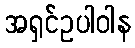
အရှင်ဥပါဝါန